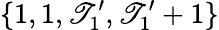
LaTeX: \{ 1,1,\mathscr{T}_{1}^{\prime},\mathscr{T}_{1}^{\prime}+1\}